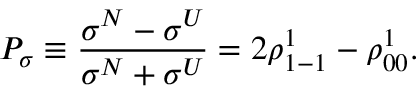
P _ { \sigma } \equiv \frac { \sigma ^ { N } - \sigma ^ { U } } { \sigma ^ { N } + \sigma ^ { U } } = 2 \rho _ { 1 - 1 } ^ { 1 } - \rho _ { 0 0 } ^ { 1 } .